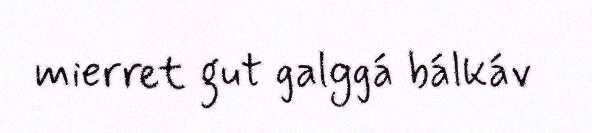
mierret gut galggá bálkáv